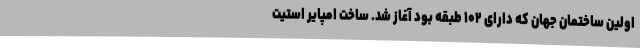
اولین ساختمان جهان که دارای ۱۰۲ طبقه بود آغاز شد. ساخت امپایر استیت